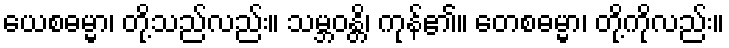
ယေစဓမ္မာ၊ တို့သည်လည်း။ သမ္ဘဝန္တိ၊ ကုန်၏။ တေစဓမ္မာ၊ တို့ကိုလည်း။